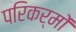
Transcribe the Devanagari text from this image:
परिकर्मों